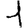
Digit: 1